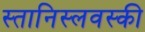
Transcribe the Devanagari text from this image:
स्तानिस्लवस्की